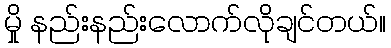
မှို နည်းနည်းလောက်လိုချင်တယ်။